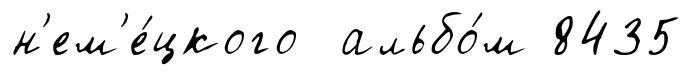
н'ем'е́цкого альбо́м 8435